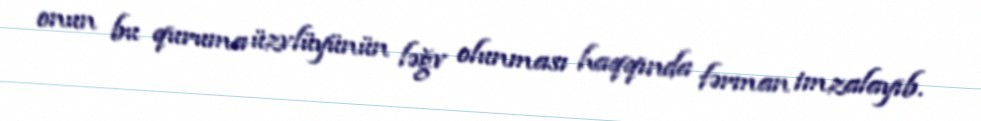
onun bu quruma üzvlüyünün ləğv olunması haqqında fərman imzalayıb.